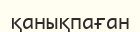
қанықпаған